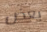
بعض